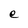
Character: e